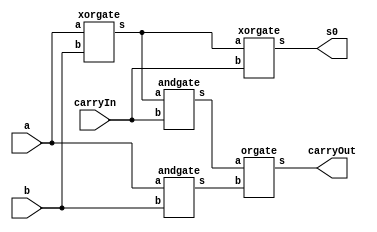
// -------------------------
// Exemplo0033  Somador algebrico selecionavel
// Nome: Rayan Darwin
// ------------------------- 
 
//modulo fullAdder
module fullAdder (output s0, output carryOut, input a, input b,  input carryIn);

   wire x,y,z;
   xorgate XOR1(x,a,b);
   andgate AND1(y,a,b);
   xorgate XOR2(s0,x,carryIn);
   andgate AND2(z,x,carryIn);
   orgate OR2(carryOut,z,y);

endmodule // fullAdder

// half adder 	
module halfAdder( s0, carry_out, a, b);
	input a, b;
	output s0, carry_out;
	
	xor XOR1(s0, a, b);
	and AND1(carry_out, a, b);
endmodule // halfAdder

// full adder 3 bits	
module fullAdder3 (output [2:0]s, input [2:0]a, input [2:0]b); 
	wire vaiUm;
	wire vaiUm1;
	wire carry_out;
	
	halfAdder ha1(s[0], vaiUm, a[0], b[0]);
	fullAdder ha2(s[1], vaiUm1, a[1], b[1], vaiUm);
	fullAdder ha3(s[2], carry_out, a[2], b[2], vaiUm1);	
endmodule // fullAdder 

module somadorSelecionavel (output [3:0]inc1, output [2:0]s, output carryOut, input operador, input [2:0]a, input [2:0]b );
  wire w0, w1, w2, c0, c1, c2;
  xorgate XOR0 ( w0, operador, b[0] );
  xorgate XOR1 ( w1, operador, b[1] );
  xorgate XOR2 ( w2, operador, b[2] );
  xorgate XOR3 (carryOut, c2, operador);

  fullAdder FA0 ( s[0], c0, w0, a[0], operador);
  fullAdder FA1 ( s[1], c1, w1, a[1], c0);
  fullAdder FA2 ( s[2], c2, w2, a[2], c1);
  
  incremento A(inc1, a);
endmodule // somadorSelecionavel

module incremento (output [3:0] s, input [2:0] a);
        wire w0,w1,w2,w3,w4,w5;
		  andgate andgate0(w0, a[0], a[1]);
		  andgate andgate1(s[3], w0, a[2]);
		  
		  andgate andgate2(w1, ~a[2], a[1] );
		  andgate andgate3(w2, w1, a[0]);
		  
		  andgate andgate4(w3, ~a[1], a[2]);
		  
		  andgate andgate5(w4, ~a[0], a[2]);
		  
		  orgate or1(w5, w2, w3);
		  orgate or2(s[2], w5, w4);
		  
		  xorgate xor1(s[1], a[1], a[0]);
		  
		  notgate not1 (s[0], a[0]);
		  
endmodule //incremento

module verifZero(output s, input [2:0] a);
	norgate NORG (s, a[2:0]);
endmodule

module notgate (output s, input a);
	assign s = ~a;
endmodule

module norgate (output s, input [2:0]a);
  assign s = ~(a[0] | a[1] | a[2]);
endmodule

module andgate3 (output s, input[2:0]a);
  wire w0;
  assign w0 = (a[0] & a[1]);
  assign s = (w0 & a[2]);
endmodule

module andgate (output s, input a, input b);
  assign s = a & b;
endmodule

module xorgate (output s, input a, input b);
  assign s = a ^ b;
endmodule

module orgate (output s, input a,  input b);
  assign s = a | b;
endmodule

module orgate3 (output s, input [2:0]a);
  assign s = a[0] | a[1] | a[2];
endmodule

module test_somadorSelecionavel;
// ------------------------- definir dados
      reg [2:0] x;
      reg [2:0] y;
      reg operador;
      wire [2:0] resultado;
      wire carryOut;
		wire [3:0]inc1;

      somadorSelecionavel SS(inc1, resultado, carryOut, operador, x, y);
		verifZero teste(q, resultado);
// ------------------------- parte principal 
 initial begin 
      $display("Exemplo0033 - Rayan Darwin - 412770");
      $display("Somador selecionavel - 3bits com identificador de sinal 0\n");

      x=3'b000; y=3'b000; operador=1'b0;
      $monitor("%3b   %3b   Op:%1b   Result:%3b   CarryOut:%1b   Verif:%1b    Incremento de 1 de x: %4b",x,y,operador,resultado,carryOut,q,inc1);
      #1 x=3'b010; y=3'b011; operador=0;
      #1 x=3'b001; y=3'b010; operador=0;
      #1 x=3'b011; y=3'b010; operador=1;
      #1 x=3'b011; y=3'b011; operador=1;
      #1 x=3'b010; y=3'b001; operador=1;
 
 end
 
endmodule